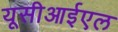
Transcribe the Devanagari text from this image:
यूसीआईएल